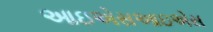
આઇએસઆઇએસ